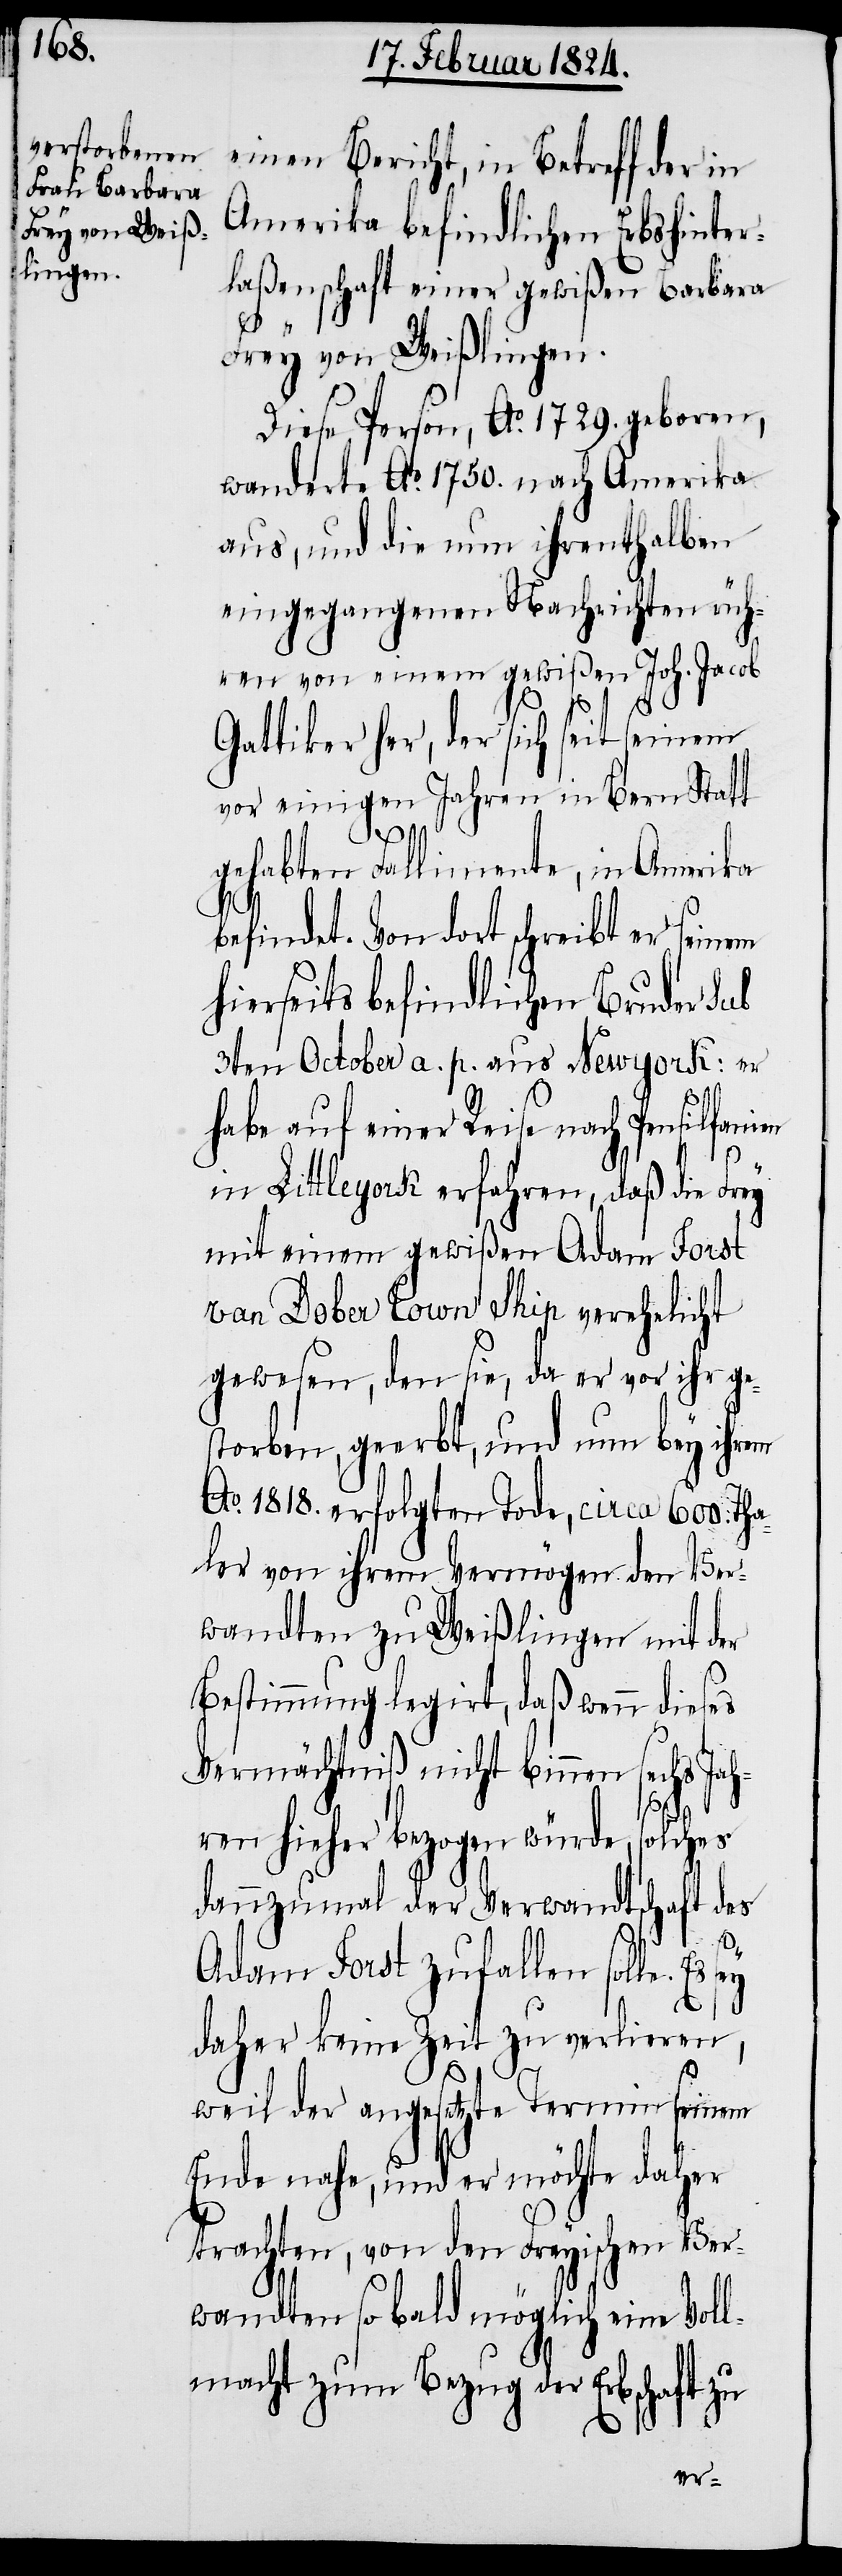
einen Bericht, in Betreff der in
Amerika befindlichen Erbshinter¬
laßenschaft einer gewißen Barbara
Frey von Weißlingen.
Diese Person, Ao. 1729 geboren,
wanderte Ao. 1750 nach Amerika
aus, und die nun ihrenthalben
eingegangenen Nachrichten rüh¬
ren von einem gewißen Joh. Jacob
Gattiker her, der sich seit seinem
vor einigen Jahren in Bern Statt
daß
gehabten Fallimente, in Amerika
befindet. Von dort schreibt er seinem
hierseits befindlichen Bruder Sub
3ten October a. p. aus Newyork: er
habe auf einer Reise nach Pensilfani¬
mit einem gewißen Adam Forst
van Dober Town Ship verehlicht
gewesen, den sie, da er vor ihr ge¬
storben, geerbt, und nun bey ihrem
Ao. 1818. erfolgten Tode, circa 600. Tha¬
ler von ihrem Vermögen den Ver¬
wandten zu Weißlingen mit der
Bestimmung legirt, das wenn dieses
Vermächtniß nicht binnen sechs Jah¬
ren hieher bezogen würde, solches
dannzumal der Verwandtschaft des
Adam Forst zufallen solle. Es
daher keine Zeit zu verlieren,
weil der angesetzte Termin seinem
Ende nahe, und er möchte daher
trachten, von den Freyischen Ver¬
wandten so bald möglich eine Voll¬
macht zum Bezug der Erbschaft zu